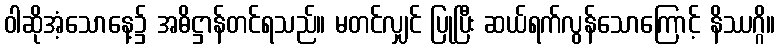
ဝါဆိုအံ့သောနေ့၌ အဓိဋ္ဌာန်တင်ရသည်။ မတင်လျှင် ပြုပြီး ဆယ်ရက်လွန်သောကြောင့် နိဿဂ္ဂိ။